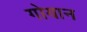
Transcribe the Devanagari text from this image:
गोयान